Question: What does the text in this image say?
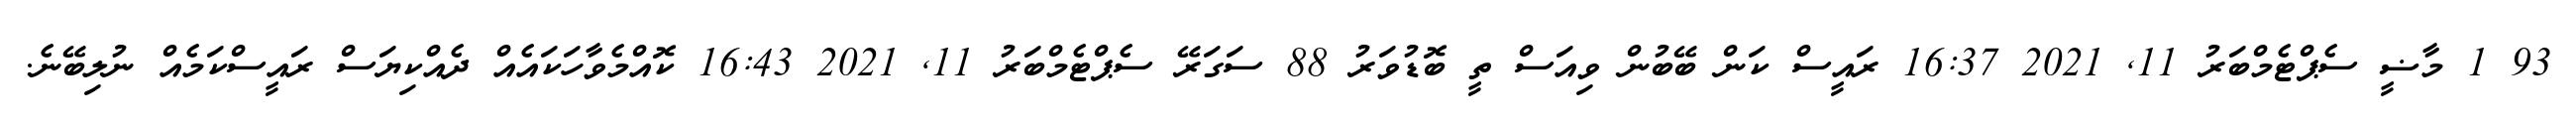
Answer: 93 1 މާޟީ ސެޕްޓެމްބަރު 11, 2021 16:37 ރައީސް ކަން ބޭބުން ވިއަސް ތީ ބޮޑުވަރު 88 ސަގަރޭ ސެޕްޓެމްބަރު 11, 2021 16:43 ކޮއްމެވާހަކައެއް ދެއްކިޔަސް ރައީސްކަމެއް ނުލިބޭނެ.